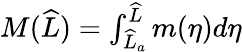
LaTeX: \begin{array}{r}{M(\widehat{L})=\int_{\widehat{L}_{a}}^{\widehat{L}}m(\eta)d\eta}\end{array}